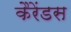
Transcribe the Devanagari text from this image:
कैरेंडस